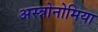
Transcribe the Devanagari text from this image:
अस्त्रोनोमिया